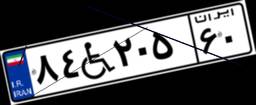
۳۰W۲۲۳۵۴